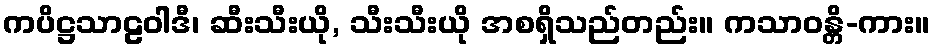
ကပိဋ္ဌသာဠဝါဒီ၊ ဆီးသီးယို, သီးသီးယို အစရှိသည်တည်း။ ကသာဝန္တိ-ကား။